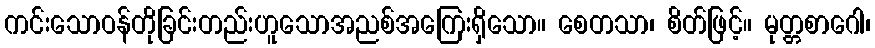
ကင်းသောဝန်တိုခြင်းတည်းဟူသောအညစ်အကြေးရှိသော။ စေတသာ၊ စိတ်ဖြင့်။ မုတ္တစာဂေါ၊